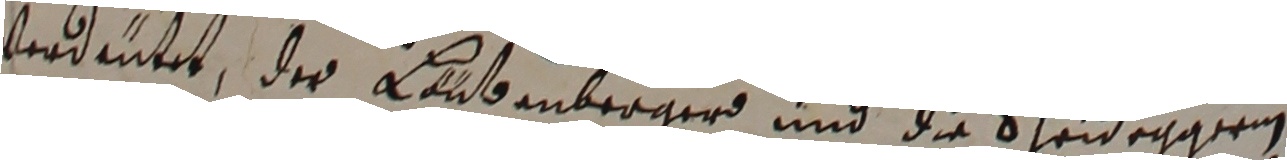
verdeütet, der Laubenberar und die Scheideggrn